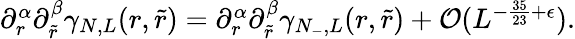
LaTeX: \begin{array}{r}{\partial_{r}^{\alpha}\partial_{\tilde{r}}^{\beta}\gamma_{N,L}(r,\tilde{r})=\partial_{r}^{\alpha}\partial_{\tilde{r}}^{\beta}\gamma_{N_{-},L}(r,\tilde{r})+\mathcal{O}(L^{-\frac{35}{23}+\epsilon}).}\end{array}